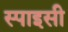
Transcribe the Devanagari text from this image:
स्पाइसी